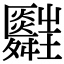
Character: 𦨃